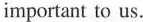
important to us.